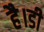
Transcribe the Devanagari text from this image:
है।डी